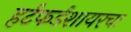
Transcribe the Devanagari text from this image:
हर्टफर्डशायरचा